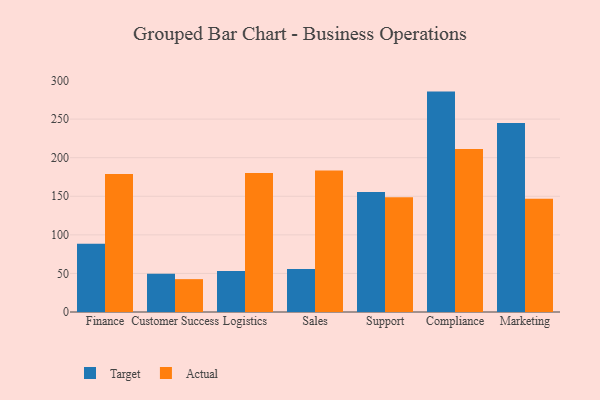
{"axis": {"x": "Department", "y": "Active Users"}, "legend": ["Actual", "Target"], "data": [{"x": "Finance", "y": 88.5, "type": "Target"}, {"x": "Finance", "y": 178.8, "type": "Actual"}, {"x": "Customer Success", "y": 49.7, "type": "Target"}, {"x": "Customer Success", "y": 42.6, "type": "Actual"}, {"x": "Logistics", "y": 53.1, "type": "Target"}, {"x": "Logistics", "y": 180.1, "type": "Actual"}, {"x": "Sales", "y": 55.6, "type": "Target"}, {"x": "Sales", "y": 183.4, "type": "Actual"}, {"x": "Support", "y": 155.6, "type": "Target"}, {"x": "Support", "y": 148.6, "type": "Actual"}, {"x": "Compliance", "y": 285.7, "type": "Target"}, {"x": "Compliance", "y": 211.4, "type": "Actual"}, {"x": "Marketing", "y": 245.0, "type": "Target"}, {"x": "Marketing", "y": 146.7, "type": "Actual"}]}